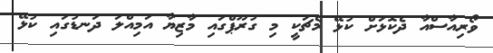
ވޯރިއާސްއާ ދެކޮޅަށް ކުޅޭ މެޗަކީ މި ގުރޫޕްގައި މާޒިޔާ އަމިއްލަ ދަނޑުގައި ކުޅޭ